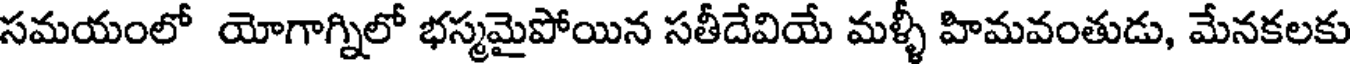
సమయంలో యోగాగ్నిలో భస్మమైపోయిన సతీదేవియే మళ్ళీ హిమవంతుడు, మేనకలకు